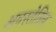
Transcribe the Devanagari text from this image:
अवस्तेतिल